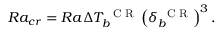
R a _ { c r } = R a \Delta T _ { b } ^ { \mathrm { ~ \scriptsize ~ C ~ R ~ } } \left( \delta _ { b } ^ { \mathrm { ~ \scriptsize ~ C ~ R ~ } } \right) ^ { 3 } .